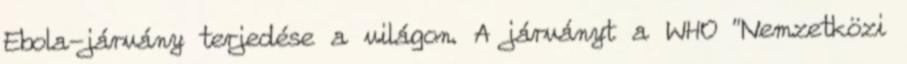
Ebola-járvány terjedése a világon. A járványt a WHO “Nemzetközi